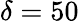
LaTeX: \delta=50